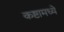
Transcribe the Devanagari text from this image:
कष्टामध्ये